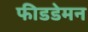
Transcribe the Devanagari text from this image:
फीडडेमन